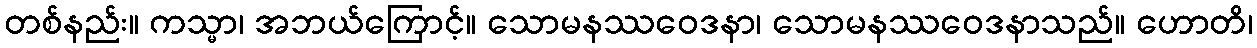
တစ်နည်း။ ကသ္မာ၊ အဘယ်ကြောင့်။ သောမနဿဝေဒနာ၊ သောမနဿဝေဒနာသည်။ ဟောတိ၊